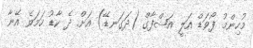
މުހިންމު ފޯވަޑް އަލީ އަޝްފާގް (ދަގަނޑޭ) އަށް ދެ ކާޑު ހަމަވެ އޭނާ